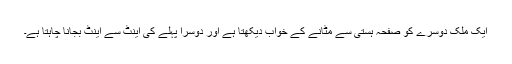
ایک ملک دوسرے کو صفحہ ہستی سے مٹانے کے خواب دیکھتا ہے اور دوسرا پہلے کی اینٹ سے اینٹ بجانا چاہتا ہے۔